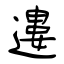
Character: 遱